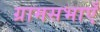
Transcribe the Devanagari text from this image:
ग्रामसभाएँ